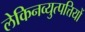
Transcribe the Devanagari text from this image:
लेकिनव्युत्पत्तियों